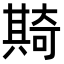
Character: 𠔵